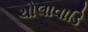
ચોલાવાડિ